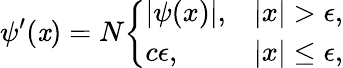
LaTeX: \psi^{\prime}(\mathit{x})=N{\left\{ \begin{array}{ll}{|\psi(x)|,}&{|x|>\epsilon,}\\ {c\epsilon,}&{|x|\leq\epsilon,}\end{array}\right.}